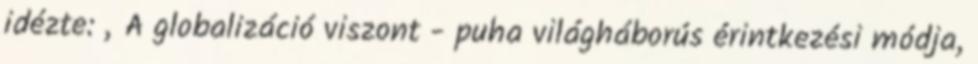
idézte: „A globalizáció viszont - puha világháborús érintkezési módja,